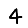
Digit: 4